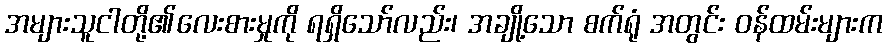
အများသူငါတို့၏လေးစားမှုကို ရရှိသော်လည်း၊ အချို့သော စက်ရုံ အတွင်း ဝန်ထမ်းများက